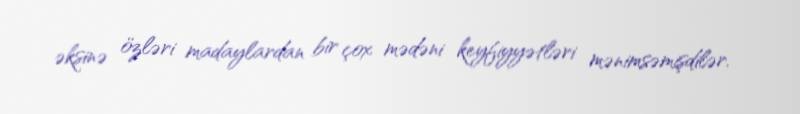
əksinə özləri madaylardan bir çox mədəni keyfiyyətləri mənimsəmişdilər.